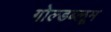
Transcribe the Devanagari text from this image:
गोल्डब्लूम